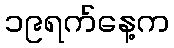
၁၉ရက်နေ့က